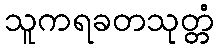
သူကရခတသုတ္တံ